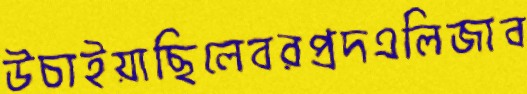
উচাইয়াছিলেবরপ্রদএলিজাব